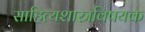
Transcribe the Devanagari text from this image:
साहित्यशास्त्रविषयक